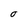
Character: O